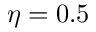
\eta = 0 . 5